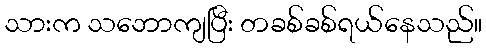
သားက သဘောကျပြီး တခစ်ခစ်ရယ်နေသည်။